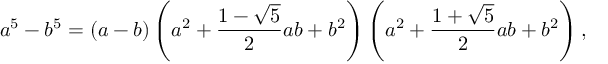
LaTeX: a ^ { 5 } - b ^ { 5 } = ( a - b ) \left( a ^ { 2 } + { \frac { 1 - { \sqrt { 5 } } } { 2 } } a b + b ^ { 2 } \right) \left( a ^ { 2 } + { \frac { 1 + { \sqrt { 5 } } } { 2 } } a b + b ^ { 2 } \right) ,